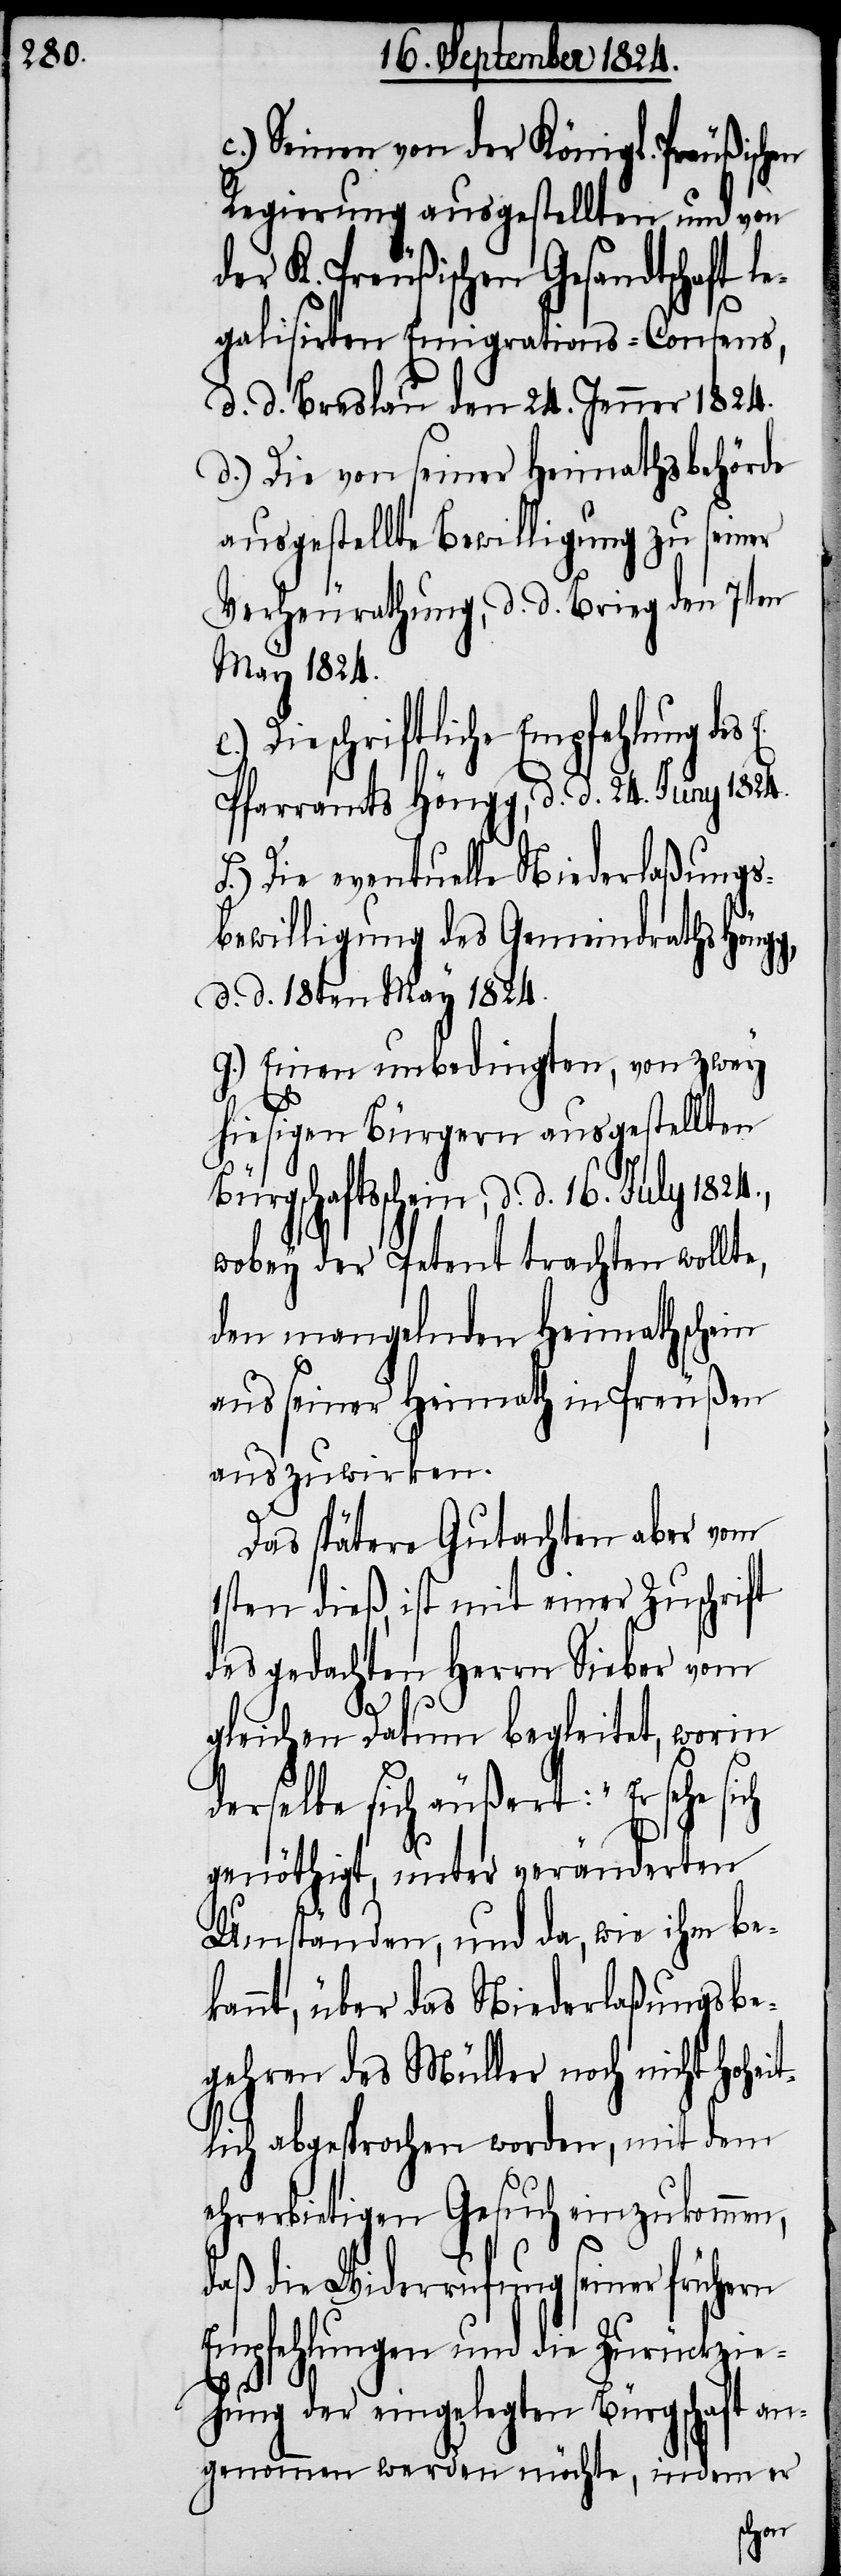
c.) Seinen von der Königl. Preußischen
Regierung ausgestellten und von
der K. Preußischen Gesandtschaft
galisirten Emigrations-Consens,
d. d. Breslau den 24. Jenner 1824.
d.) Die von seiner Heimathsbehörde
ausgestellte Bewilligung zu seiner
Verheurathung, d. d. Brieg den 7ten
May 1824.
Die schriftliche Empfehlung des
Pfarramts Höngg, d. d. 24. Juny 1824.
f.) Die eventuelle Niederlaßungs¬
bewilligung des Gemeindraths Höng¬
d. d. 18ten May 1824.
g.) Einen unbedingten, von zwey
hiesigen Bürgern ausgestellten
Bürgschaftsschein, d. d. 16. July
wobey der Petent trachten wollte,
den mangelnden Heimathschein
aus seiner Heimath in Preußen
auszuwirken.
Das spätere Gutachten aber vom
1sten dieß, ist mit einer Zuschrift
des gedachten Herrn Sieber vom
g,
gleichen Datum begleitet, worin
derselbe sich äußert: „Er sehe sich
genöthigt, unter veränderten
Umständen, und da, wie ihm be¬
kannt, über das Niederlaßungsbe¬
gehren des Müller noch nicht Hohei¬
tlich abgesprochen worden, mit dem
ehrerbietigen Gesuch einzukommen,
daß die Widerrufung seiner frühern
Empfehlungen und die Zurückzie¬
hung der eingelegten Bürgschaft an¬
genommen werden möchte, indem er